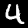
Label: 4